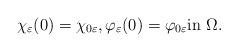
LaTeX: \begin{align*} \chi_{\varepsilon}(0) = \chi_{0\varepsilon}, \varphi_{\varepsilon}(0) = \varphi_{0\varepsilon} \textrm{in $\Omega$.}\end{align*}